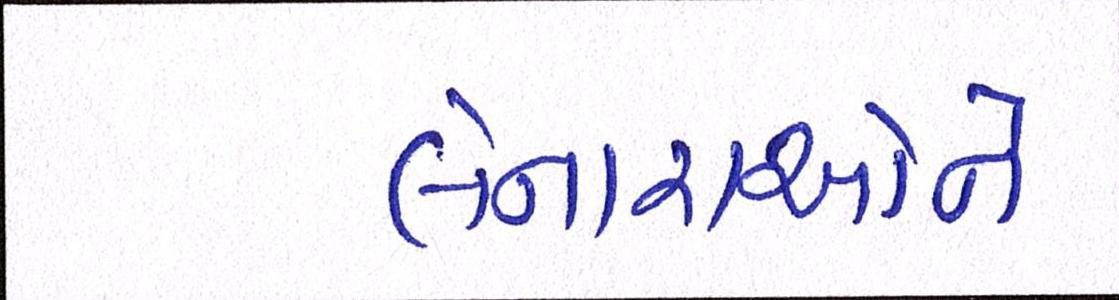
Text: લેનારાઓને